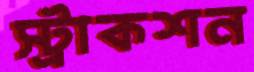
স্ট্রাকশন